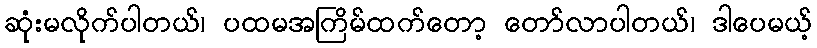
ဆုံးမလိုက်ပါတယ်၊ ပထမအကြိမ်ထက်တော့ တော်လာပါတယ်၊ ဒါပေမယ့်